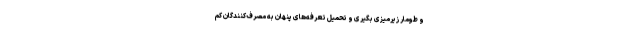
و طومار زیرمیزی بگیری و تحمیل تعرفه‌‌های پنهان به مصرف‌کنندگان کم